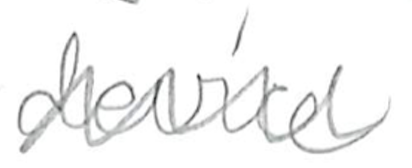
Text: device
Cross-out: zig-zag
Writing tool: pencil